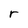
Character: r